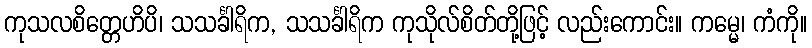
ကုသလစိတ္တေဟိပိ၊ သသင်္ခါရိက, သသင်္ခါရိက ကုသိုလ်စိတ်တို့ဖြင့် လည်းကောင်း။ ကမ္မေ၊ ကံကို။